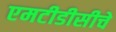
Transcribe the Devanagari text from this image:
एमटीडीसीचे